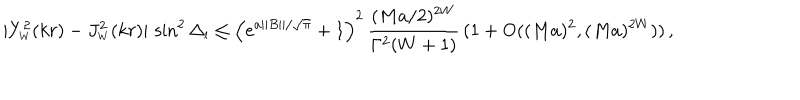
| Y _ { \scriptscriptstyle { W } } ^ { 2 } ( k r ) - J _ { \scriptscriptstyle { W } } ^ { 2 } ( k r ) | \, \sin ^ { 2 } \Delta _ { \scriptscriptstyle { l } } \leq \left( e ^ { a | | B | | / \sqrt \pi } + 1 \right) ^ { 2 } \, \frac { ( M a / 2 ) ^ { 2 W } } { \Gamma ^ { 2 } ( W + 1 ) } \, ( 1 + \mathrm { O } ( ( M a ) ^ { 2 } , ( M a ) ^ { 2 W } ) ) \, ,